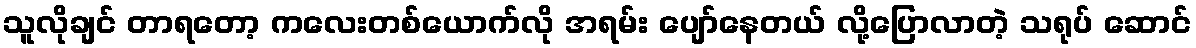
သူလိုချင် တာရတော့ ကလေးတစ်ယောက်လို အရမ်း ပျော်နေတယ် လို့ပြောလာတဲ့ သရုပ် ဆောင်